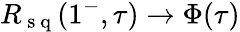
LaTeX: R_{\mathrm{~s~q~}}(1^{-},\tau)\rightarrow\Phi(\tau)